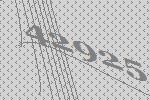
42925